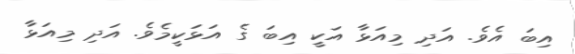
އިބަ އެވެ. އަދި މިއަޅާ އަކީ އިބަ ގެ އަޅަކީމެވެ. އަދި މިއަޅާ